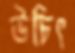
উচিৎ